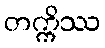
တက္ကိဿ